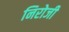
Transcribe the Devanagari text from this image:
निरोजी